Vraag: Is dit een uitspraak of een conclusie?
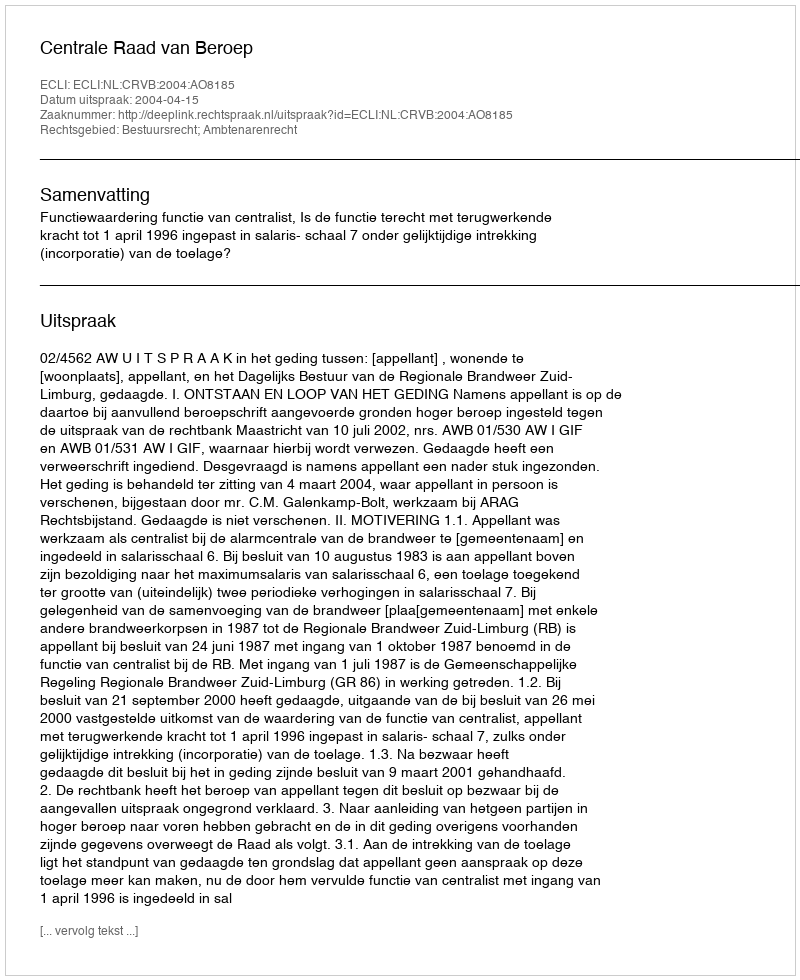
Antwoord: Uitspraak